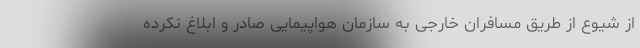
از شیوع از طریق مسافران خارجی به سازمان هواپیمایی صادر و ابلاغ نکرده